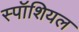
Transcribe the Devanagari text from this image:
स्पॉशियल